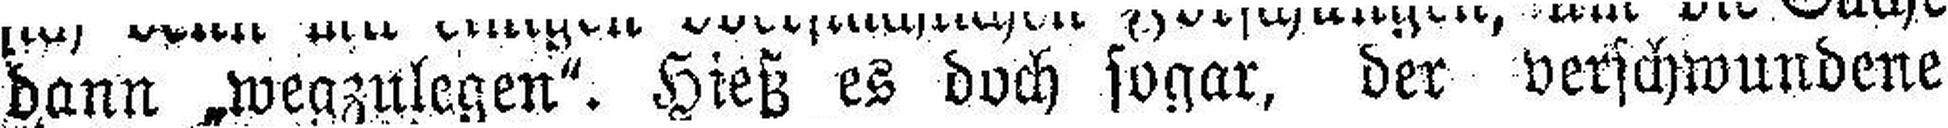
dann „wegzulegen“. Hieß es doch sogar, der verschwundene